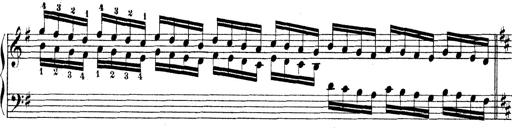
Title: Technische Studien
Composer: Franz Liszt